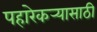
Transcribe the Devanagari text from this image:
पहारेकर्‍यासाठी